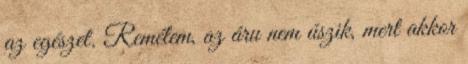
az egészet. Remélem, az áru nem úszik, mert akkor